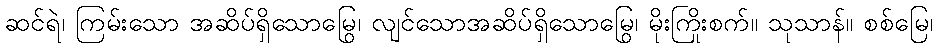
ဆင်ရဲ၊ ကြမ်းသော အဆိပ်ရှိသောမြွေ၊ လျင်သောအဆိပ်ရှိသောမြွေ၊ မိုးကြိုးစက်။ သုသာန်။ စစ်မြေ၊